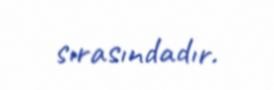
sırasındadır.